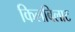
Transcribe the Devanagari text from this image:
किलबिलाट